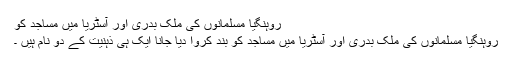
روہنگیا مُسلمانوں کی مُلک بدری اور آسٹریا میں مساجد کو
روہنگیا مُسلمانوں کی مُلک بدری اور آسٹریا میں مساجد کو بند کروا دیا جانا ایک ہی ذہنیت کے دو نام ہیں ۔